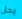
يحل